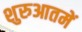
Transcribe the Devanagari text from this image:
शुरुआतमें